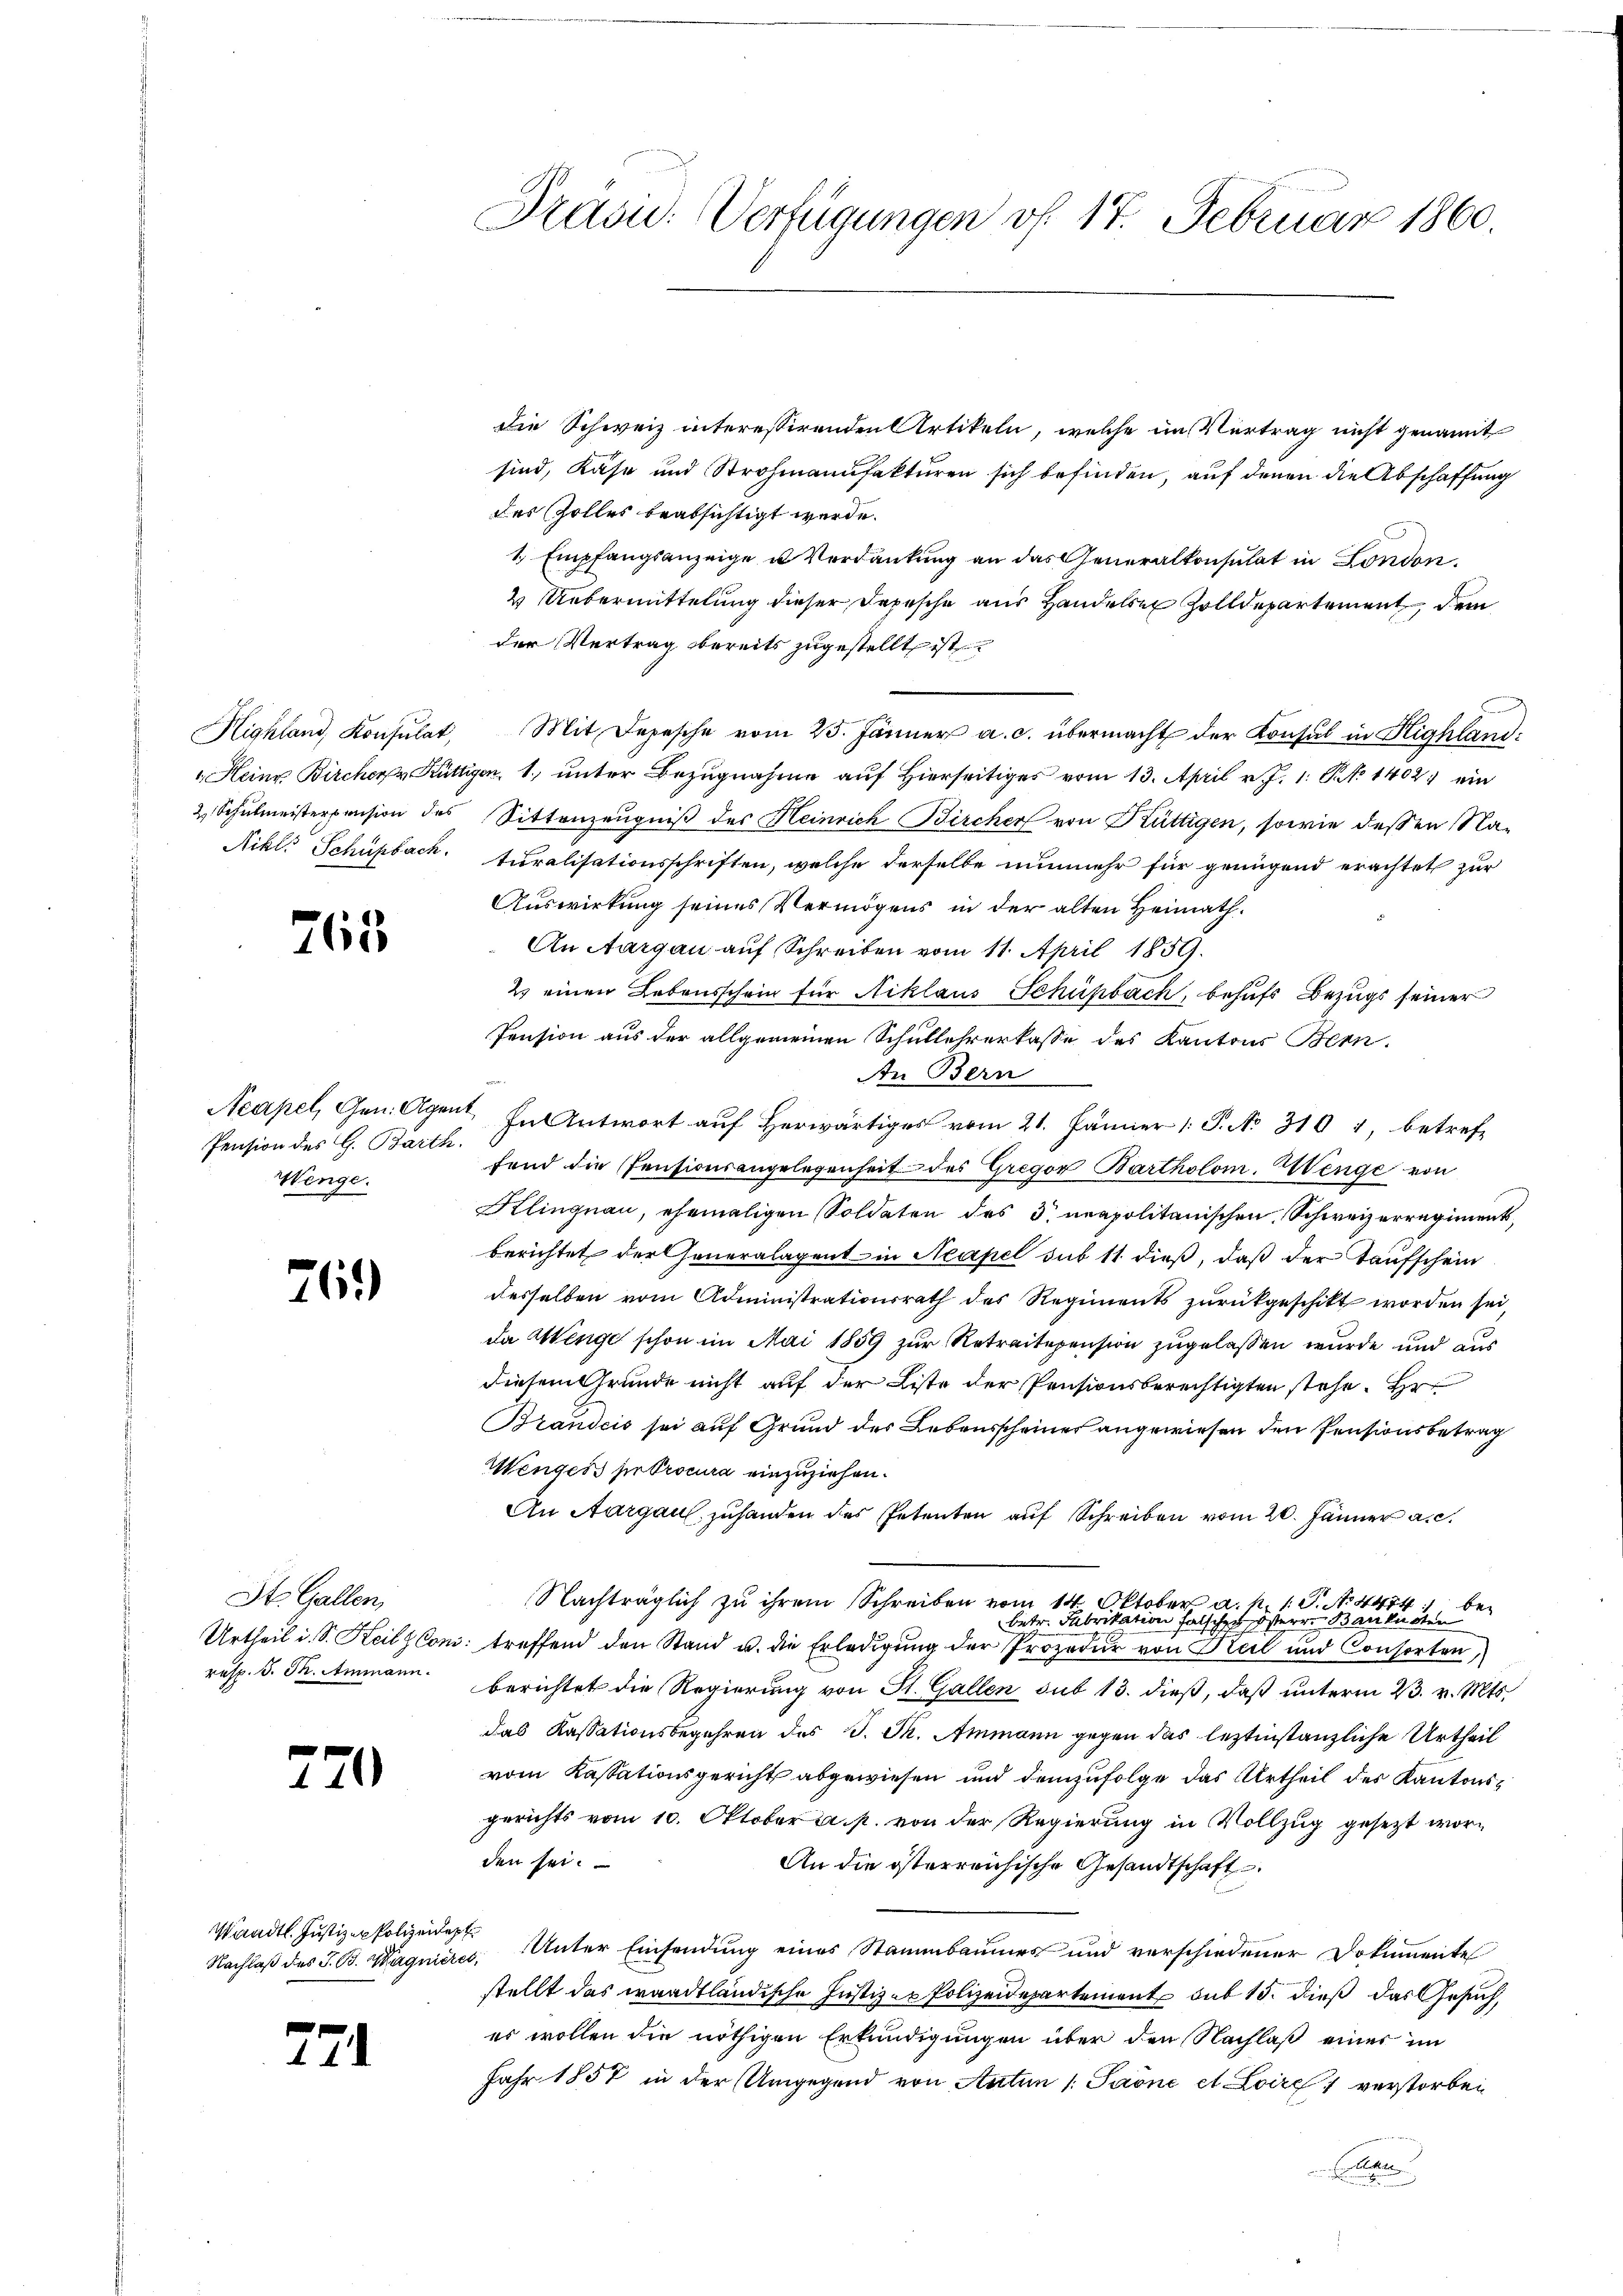
765

Pension des G. Barth.
Wenge.

76.)

St. Gallen,
resp. d. J. Ammann.

220

Waadt. Justizen Polizeidept

271

Präsu. Verfügungen vf. 17. Februar 1860.

Die Schweiz interessirenden Artikeln, welche im Vertrag nicht genannt
sind, Käse und Strohmanufakturen sich befinden, auf denen die Abschaffung
des Zolles beabsichtigt werde.
1. Empfangsanzeige u. Verdankung an das Generalkonsulat in London.
2 Uebermittelung dieser Depesche aus Handels Zolldepartement dem
der Vertrag bereits zugestellt ist
Highland, Konsulat, Mit Depesche vom 25. Jänner a. c. übermacht der Konsul in Highland:
 Heinr. Bircher Hüttigen, 1. unter Bezugnahme auf hierseitiges vom 13. April v. J. 1. St. 1402 ein
2 Schulmeisterpension des Sittenzeugniß des Heinrich Bircher von Küttigen, sowie dessen Na¬
Nikls Schüpback. turalisationsschriften, welche derselbe nunmehr für genügend erachtet zur
Auswirkung seines Vermögens in der alten Heimath¬
An Aargau auf Schreiben vom 11. April 1834.
2 einen Lebensschein für Niklaus Schüpbach, behufs Bezugs seiner
Pension aus der allgemeinen Schullehrerkasse des Kantons Bern.
An Bern
Acapel, Gen. Agent. In Antwort auf Herwärtiges vom 21. Jänner P. No 310 4, betreffend die Pensionsangelegenheit des Gregor Bartholom. Henge von
Klingnau, ehemaligen Soldaten des 3. neapolitanischen Schweizerregiment,
berichtet der Generalagent in Neapel sub 11 dieß, daß der Taufschein
desselben vom Administrationsrath des Regiments zŭrükgeschikt worden sei,
da Wenge schon im Mai 1859 zur Retraitepension zugelassen wurde und aus
diesem Grunde nicht auf der Liste der Pensionsberechtigten stehe. Hr
Brandcis sei auf Grund des Lebensscheiner angewiesen den Pensionsbetrag
Wengers per Procura einzuziehen.
An Aargau zuhanden des Petenten auf Schreiben vom 20. Jänner a. c.
Nachträglich zu ihrem Schreiben vom 14. Oktober a. p. 1 S. No. 4474 bebetr. Fabrikation als öster Banknoten
Urtheil i. S. KeilzCon: treffend den Stand u. die Erledigŭng der Prozedur von Teil und Consorten,
berichtet die Regierung von St. Gallen sub 13. dieß, daß unterm 23. v. Mts.
das Kassationsbegehren des J. J. Ammann gegen das leztinstanzliche Urtheil
vom Kassationsgericht abgewiesen und demzufolge das Urtheil des Kantonsgerichts vom 10. Oktober a. p. von der Regierung in Vollzug gesetzt worden sei.
An die österreichische Gesandtschaft
Nachlaß des J. B. Wagniere, Unter Einsendung eines Stammbaumes und verschiedener Dokumente
stellt das waadtländische Justizer Polizeidepartement sub 15. dieß das Gesuch,
er wollen die nöthigen Erkundigungen über den Nachlaß einer im
Jahr 1857 in der Umgegend von Antan 1. Paone et Loire 1 verstorben